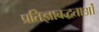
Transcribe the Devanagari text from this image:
प्रतिज्ञाबद्धताओं